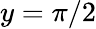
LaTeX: y=\pi/2